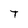
Character: T